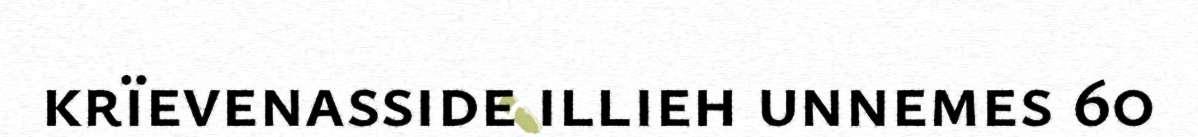
krïevenasside illieh unnemes 60